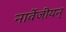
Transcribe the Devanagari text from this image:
नार्वेजीयन्